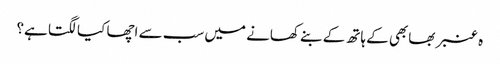
ہ عنبر بھابھی کے ہاتھ کے بنے کھانے میں سب سے اچھا کیا لگتا ہے؟